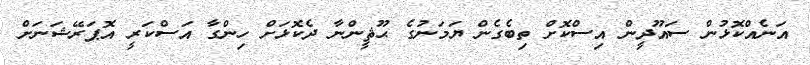
އަނެއްކޮޅުން ސައޫދީން އިސްކޮށް ތިބެގެން ޔަމަނުގެ ޙޫޘީންނާ ދެކޮޅަށް ހިންގާ އަސްކަރީ އޮޕަރޭޝަނަށް